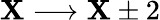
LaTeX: \mathbf{X}\longrightarrow\mathbf{X}\pm2